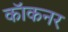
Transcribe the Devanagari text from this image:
कॉकनर